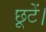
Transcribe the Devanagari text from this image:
छूटें।